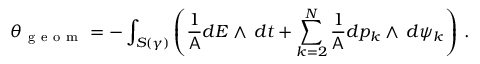
\theta _ { \mathrm { ~ g ~ e ~ o ~ m ~ } } = - \int _ { S ( \gamma ) } \left( \frac { 1 } { \mathsf { A } } d E \wedge \, d t + \sum _ { k = 2 } ^ { N } \frac { 1 } { \mathsf { A } } d p _ { k } \wedge \, d \psi _ { k } \right) \, .